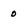
Character: 0